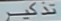
تذکر